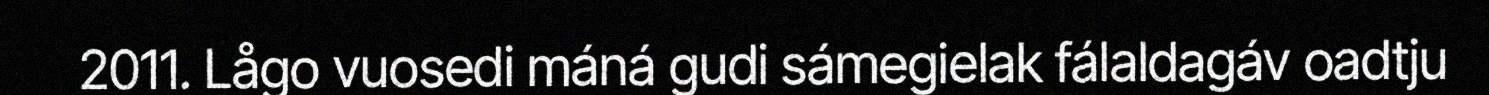
2011. Lågo vuosedi máná gudi sámegielak fálaldagáv oadtju